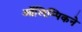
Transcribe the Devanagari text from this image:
ऑलिम्पिकने